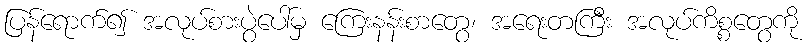
ပြန်ရောက်၍ အလုပ်စားပွဲပေါ်မှ ကြေးနန်းစာတွေ၊ အရေးတကြီး အလုပ်ကိစ္စတွေကို